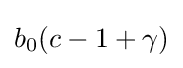
b_{0}(c-1+\gamma )